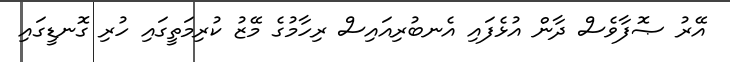
އޭރު ޞޮފާވެސް ދާން އުޅެފައި އެނބުރިއައިސް ރިހާމުގެ މޭޒު ކުރިމަތީގައި ހުރި ގޮނޑީގައި